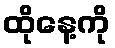
ထိုနေ့ကို